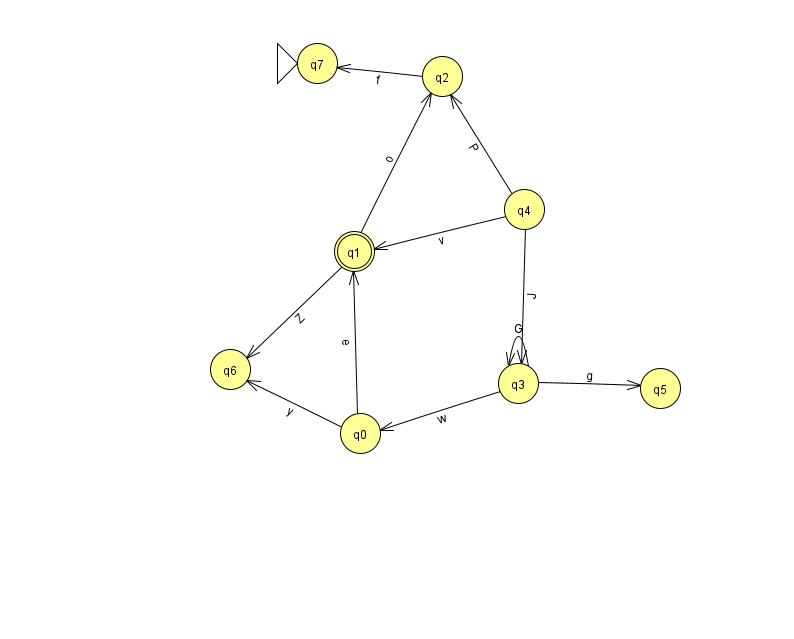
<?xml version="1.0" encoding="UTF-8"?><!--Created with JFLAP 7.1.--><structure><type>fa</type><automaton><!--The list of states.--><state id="0" name="q0"><x>360.0</x><y>420.0</y></state><state id="1" name="q1"><x>354.0</x><y>238.0</y><final/></state><state id="2" name="q2"><x>442.0</x><y>63.0</y></state><state id="3" name="q3"><x>518.0</x><y>370.0</y></state><state id="4" name="q4"><x>524.0</x><y>196.0</y></state><state id="5" name="q5"><x>660.0</x><y>375.0</y></state><state id="6" name="q6"><x>230.0</x><y>356.0</y></state><state id="7" name="q7"><x>317.0</x><y>50.0</y><initial/></state><!--The list of transitions.--><transition><from>1</from><to>6</to><read>Z</read></transition><transition><from>0</from><to>1</to><read>e</read></transition><transition><from>0</from><to>6</to><read>y</read></transition><transition><from>3</from><to>0</to><read>w</read></transition><transition><from>3</from><to>3</to><read>G</read></transition><transition><from>4</from><to>3</to><read>J</read></transition><transition><from>2</from><to>7</to><read>f</read></transition><transition><from>4</from><to>2</to><read>P</read></transition><transition><from>3</from><to>5</to><read>g</read></transition><transition><from>4</from><to>1</to><read>v</read></transition><transition><from>1</from><to>2</to><read>o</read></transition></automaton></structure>